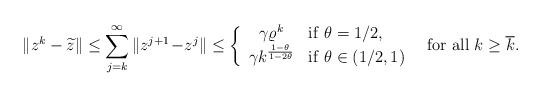
LaTeX: \begin{align*} \|z^k-\widetilde{z}\|\le\sum_{j=k}^{\infty}\|z^{j+1}\!-\!z^j\| \le\left\{\begin{array}{cl} \gamma\varrho^{k} &{\rm if}\ \theta=1/2,\\ \gamma k^{\frac{1-\theta}{1-2\theta}}&{\rm if}\ \theta\in(1/2,1) \end{array}\right.\ \ {\rm for\ all}\ k\ge\overline{k}. \end{align*}